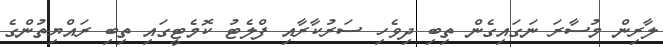
ލާރިން މުސާރަ ނަގައިގެން ތިބި ދިވެހި ސަރުކާރާއި ފްލެޓު ކޮމެޓީގައި ތިބި ރައްޔިތުންގެ